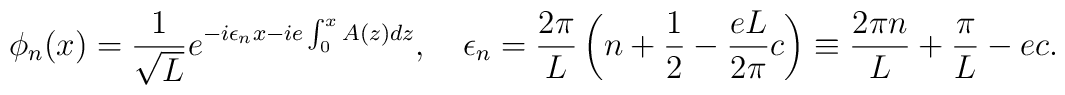
\phi_n(x)={1\over\sqrt L}e^{-i \epsilon_nx -ie\int_0^x A(z)dz},\quad \epsilon_n= {2\pi\over L}\left(n+{1\over2} -{eL\over 2\pi}c\right)\equiv {2\pi n\over L} + {\pi\over L}- ec.